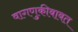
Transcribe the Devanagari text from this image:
वागणुकीबाबत